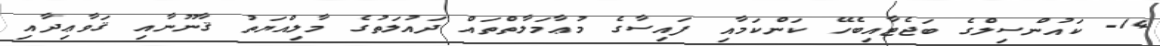
14- ކައުންސިލްގެ ބަޖެޓާއިބެހޭ ކަންކަމާއި ފައިސާގެ މުޢާމަލާތްތައް ދައުލަތުގެ މާލިއްޔަތު ޤާނޫނާއި ޤަވާޢިދާއި